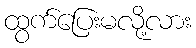
ထွက်ပြေးမလို့လား